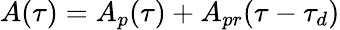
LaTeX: A(\tau)=A_{p}(\tau)+A_{pr}(\tau-\tau_{d})